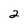
Character: 2